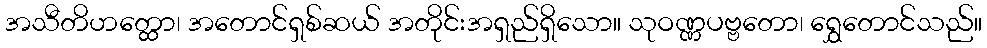
အသီတိဟတ္ထော၊ အတောင်ရှစ်ဆယ် အတိုင်းအရှည်ရှိသော။ သုဝဏ္ဏပဗ္ဗတော၊ ရွှေတောင်သည်။